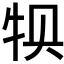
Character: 𰠱